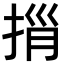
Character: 𢭓